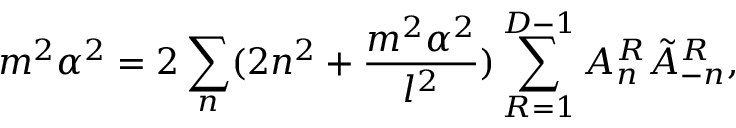
m ^ { 2 } \alpha ^ { 2 } = 2 \sum _ { n } ( 2 n ^ { 2 } + \frac { m ^ { 2 } \alpha ^ { 2 } } { l ^ { 2 } } ) \sum _ { R = 1 } ^ { D - 1 } A _ { n } ^ { R } \tilde { A } _ { - n } ^ { R } ,